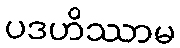
ပဒဟိဿာမ